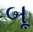
બૂ